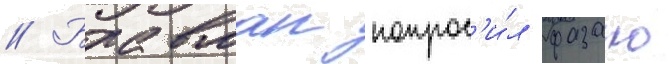
// Бравман попрос'и́л фазано